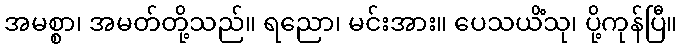
အမစ္စာ၊ အမတ်တို့သည်။ ရညော၊ မင်းအား။ ပေသယိံသု၊ ပို့ကုန်ပြီ။